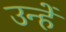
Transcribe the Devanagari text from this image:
उन्हें